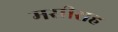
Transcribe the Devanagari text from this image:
मसीराह